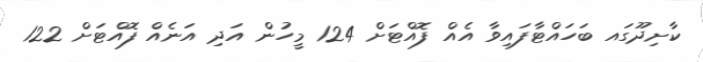
ކާށިދޫގައ ބަހައްޓާފައިވާ އެއް ފޮއްޓަށް 124 މީހުން އަދި އަނެއް ފޮއްޓަށް 122